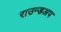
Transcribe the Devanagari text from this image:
राउन्डअप